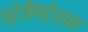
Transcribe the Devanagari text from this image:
प्रेजेंण्टेशन